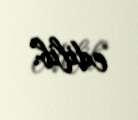
edilib.